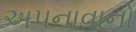
અપનાવાનો